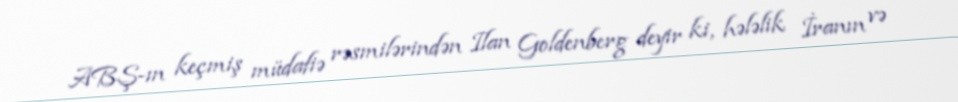
ABŞ-ın keçmiş müdafiə rəsmilərindən Ilan Goldenberg deyir ki, hələlik İranın və